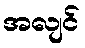
အလျင်